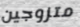
متزوجين